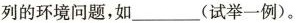
列的环境问题，如___(试举一例)。